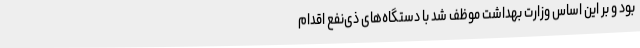
بود و بر این اساس وزارت بهداشت موظف شد با دستگاه‌های ذی‌نفع اقدام